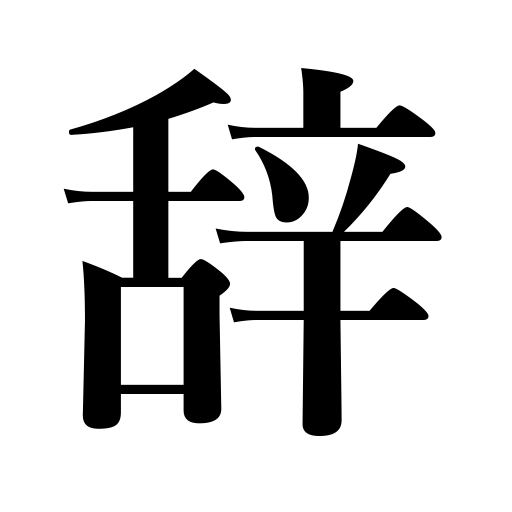
Meanings: term,sentence,resign,an address,word,expression